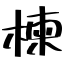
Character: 楝